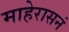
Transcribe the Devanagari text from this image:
माहेरासनं